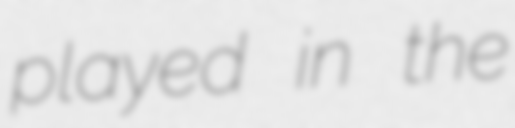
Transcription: played in the